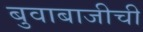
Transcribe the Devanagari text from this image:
बुवाबाजीची